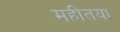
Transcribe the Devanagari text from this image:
महीतया